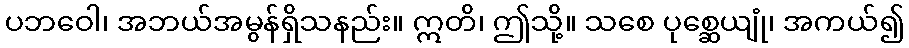
ပဘဝေါ၊ အဘယ်အမွန်ရှိသနည်း။ ဣတိ၊ ဤသို့။ သစေ ပုစ္ဆေယျုံ၊ အကယ်၍